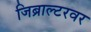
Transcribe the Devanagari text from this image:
जिब्राल्टरवर